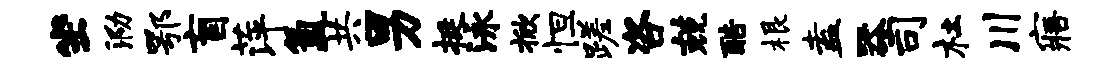
坐泐鄂盲萍氲共男挺泳掀怛蹉咨兢酷根盍器司杜川寤